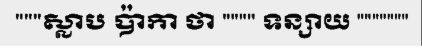
"""ស្លាប ប៉ាកា ថា """" ទន្សាយ """""""